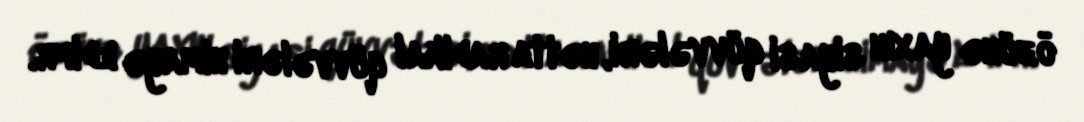
özünə yaxın siyasi qüvvələri, hətta radikal qüvvələri himayə edifr.